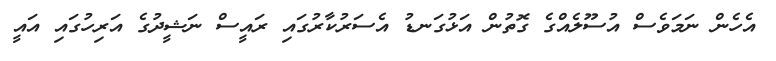
އެހެން ނަމަވެސް އުސޫލެއްގެ ގޮތުން އަޅުގަނޑު އެސަރުކާރުގައި ރައީސް ނަޝީދުގެ އަރިހުގައި އައީ